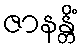
ဇာနန္တိံ